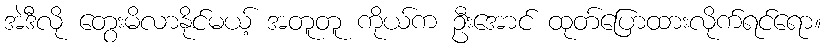
အဲဒီလို တွေးမိလာနိုင်မယ့် အတူတူ ကိုယ်က ဦးအောင် ထုတ်ပြောထားလိုက်ရင်ရော။